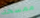
ممسحة